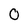
Character: 0